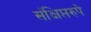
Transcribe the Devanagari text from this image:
संक्षिप्तरुपे